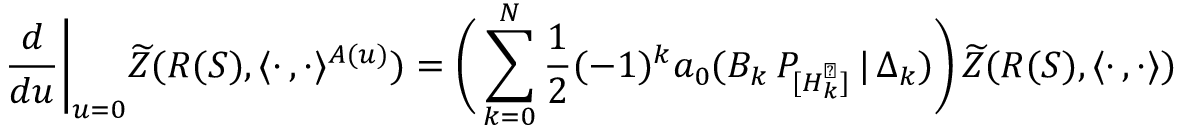
\frac { d } { d u } \biggl | _ { u = 0 } \widetilde { Z } ( R ( S ) , \langle \cdot \, , \cdot \rangle ^ { A ( u ) } ) = \biggl ( \, \sum _ { k = 0 } ^ { N } \frac { 1 } { 2 } ( - 1 ) ^ { k } a _ { 0 } ( B _ { k } \, P _ { [ { \cal H \/ } _ { k } ^ { \perp } ] } \, | \, \Delta _ { k } ) \biggr ) \, \widetilde { Z } ( R ( S ) , \langle \cdot \, , \cdot \rangle )